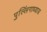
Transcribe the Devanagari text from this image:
पुल्लिंगाध्याय